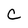
Character: C